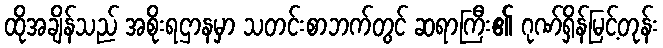
ထိုအချိန်သည် အစိုးရဌာနမှာ သတင်းစာဘက်တွင် ဆရာကြီး၏ ဂုဏ်ရှိန်မြင့်တုန်း